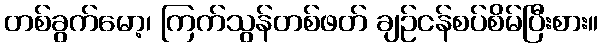
တစ်ခွက်မော့၊ ကြက်သွန်တစ်ဖတ် ချဉ်ငန်စပ်စိမ်ပြီးစား။